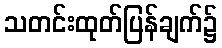
သတင်းထုတ်ပြန်ချက်၌